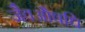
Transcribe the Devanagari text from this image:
जैवऔषधि